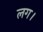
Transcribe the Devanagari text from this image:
लग।